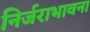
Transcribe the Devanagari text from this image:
निर्जराभावना